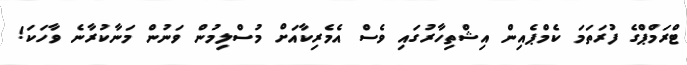
ޓްރަމްޕްގެ ފުރަތަމަ ކެމްޕެއިން އިޝްތިހާރުގައި ވެސް އެމެރިކާއަށް މުސްލިމުން ވަނުން މަނާކުރާނެ ވާހަކަ!